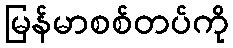
မြန်မာစစ်တပ်ကို